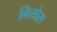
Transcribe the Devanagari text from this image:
निसोस